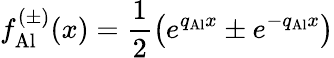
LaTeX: f_{\mathrm{Al}}^{(\pm)}(x)=\frac{1}{2}\left(e^{q_{\mathrm{Al}}x}\pm e^{-q_{\mathrm{Al}}x}\right)